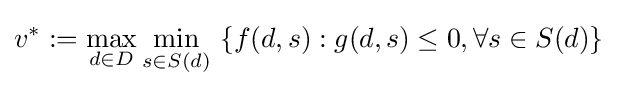
v^{*}:=\max _{d\in D}\min _{s\in S(d)}\ \{f(d,s):g(d,s)\leq 0,\forall s\in S(d)\}